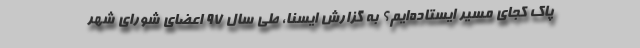
پاک کجای مسیر ایستاده‌ایم؟ به گزارش ایسنا، طی سال ۹۷ اعضای شورای شهر